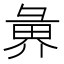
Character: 𭛑